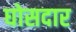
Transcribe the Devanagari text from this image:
घोसदार